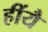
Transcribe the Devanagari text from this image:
हींयै